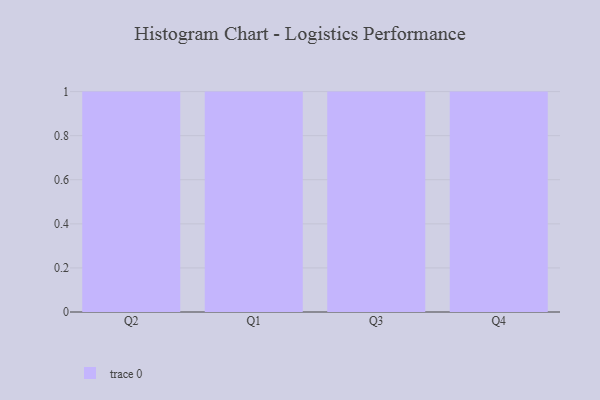
{"axis": {"x": "Quarter", "y": "Operating Costs (USD K)"}, "legend": [""], "data": [{"x": "Q2", "y": 91, "type": ""}, {"x": "Q1", "y": 17, "type": ""}, {"x": "Q3", "y": 2, "type": ""}, {"x": "Q4", "y": 94, "type": ""}]}